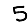
Digit: 5